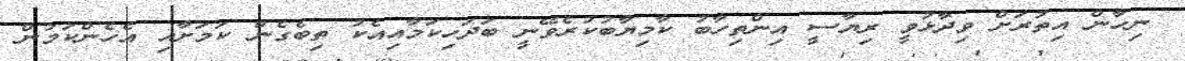
ނިހާން އިތުރަށް ވިދާޅުވީ ރިޔާސީ އިންތިހާބު ކާމިޔާބުކުރެވޭނީ ބަދަހިކަމާއިއެކު ތިބެގެން ކަމަށާއި އެހެންކަމުން